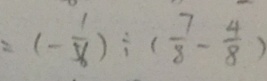
= ( - \frac { 1 } { 5 6 } ) \div ( \frac { 7 } { 8 } - \frac { 4 } { 8 } )